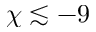
\chi \lesssim - 9